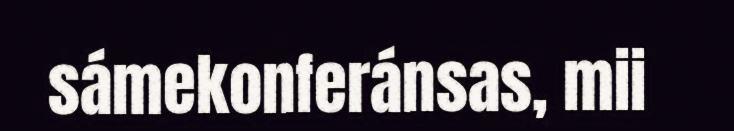
sámekonferánsas, mii